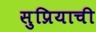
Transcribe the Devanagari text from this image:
सुप्रियाची